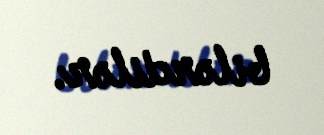
bilərdilər.